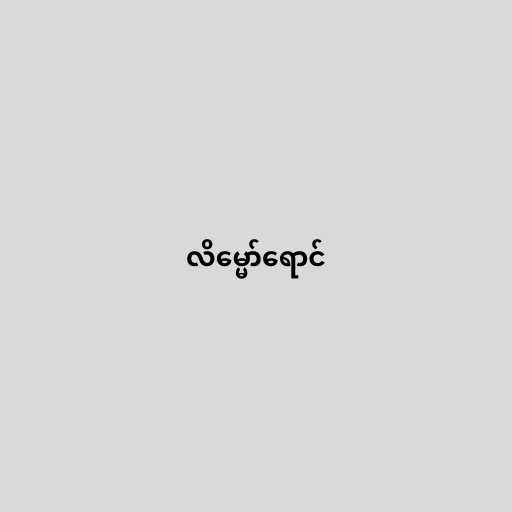
လိမ္မော်ရောင်